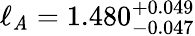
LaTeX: \ell_{\mathit{A}}=1.480_{-0.047}^{+0.049}